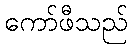
ကော်ဖီသည်